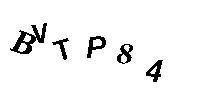
BVTP84